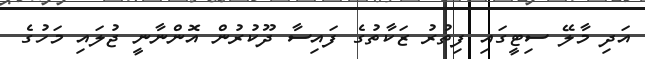
އަދި މާލޭ ސިޓީގައި ފިތުރު ޒަކާތުގެ ފައިސާ ދޫކުރުން އޮންނާނީ ޖުލައި މަހުގެ